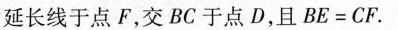
延长线于点F，交BC于点D，且BE=CF.